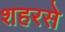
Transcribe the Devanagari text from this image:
शहरसे